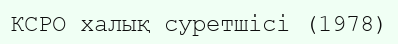
КСРО халық суретшісі (1978)